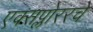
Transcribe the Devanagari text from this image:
एक्सप्लोररचे